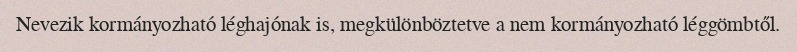
Nevezik kormányozható léghajónak is, megkülönböztetve a nem kormányozható léggömbtől.